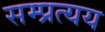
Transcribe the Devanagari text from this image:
सम्प्रत्यय